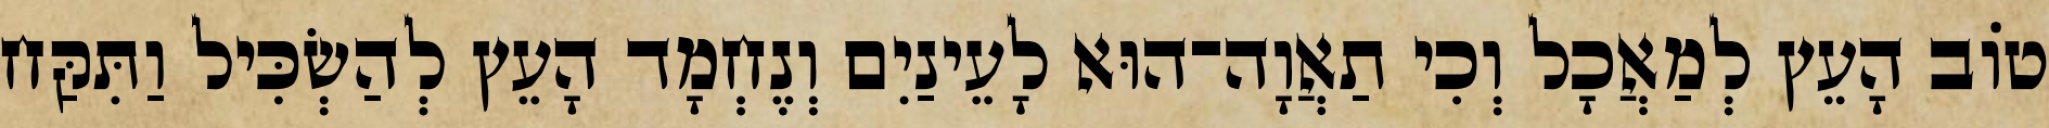
טֹוב הָעֵץ לְמַאֲכָל וְכִי תַאֲוָה־הוּא לָעֵינַיִם וְנֶחְמָד הָעֵץ לְהַשְׂכִּיל וַתִּקַּח